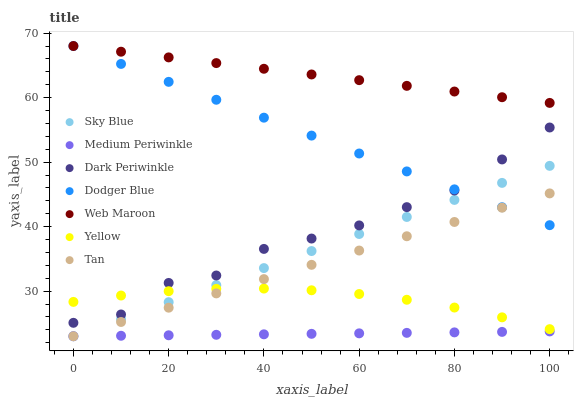
| xaxis_label | Sky Blue | Medium Periwinkle | Dark Periwinkle | Dodger Blue | Web Maroon | Yellow | Tan |
 | --- | --- | --- | --- | --- | --- | --- | --- |
 | 0 | 23 | 23 | 25.1 | 68 | 68 | 28.3 | 23 |
 | 10 | 25.6 | 23.1 | 26.4 | 65.2 | 67.1 | 29.3 | 25.2 |
 | 20 | 28.3 | 23.2 | 31.3 | 62.4 | 66.2 | 30 | 27.4 |
 | 30 | 30.9 | 23.2 | 32.4 | 59.7 | 65.4 | 30.3 | 29.6 |
 | 40 | 33.6 | 23.3 | 36.5 | 56.9 | 64.5 | 30.4 | 31.9 |
 | 50 | 36.2 | 23.4 | 38.1 | 54.1 | 63.6 | 30.1 | 34.1 |
 | 60 | 38.9 | 23.5 | 40.2 | 51.3 | 62.7 | 29.5 | 36.3 |
 | 70 | 41.5 | 23.5 | 43 | 48.6 | 61.8 | 28.7 | 38.5 |
 | 80 | 44.1 | 23.6 | 45.6 | 45.8 | 60.9 | 27.5 | 40.7 |
 | 90 | 46.8 | 23.7 | 50.4 | 43 | 60.1 | 25.9 | 42.9 |
 | 100 | 49.4 | 23.8 | 55.4 | 40.2 | 59.2 | 24.1 | 45.1 |